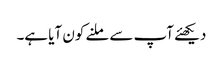
دیکھئے آپ سے ملنے کون آیا ہے۔